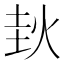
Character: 𰞊